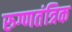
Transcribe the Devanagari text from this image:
रुग्णतंत्रिक